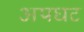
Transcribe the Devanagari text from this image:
अपघट